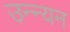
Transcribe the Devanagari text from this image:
उन्न्यन